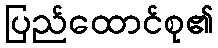
ပြည်ထောင်စု၏